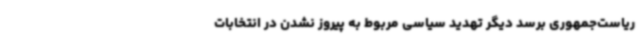
ریاست‌جمهوری برسد دیگر تهدید سیاسی مربوط به پیروز نشدن در انتخابات